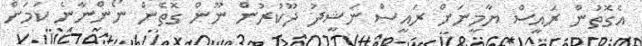
އެގޮތުން ރައީސް ޔާމީނަށް ރައީސް ނަޝީދު ދޫކުރުން ނޫން ގޮތެން ނޯންނާނެ ކަމަށް